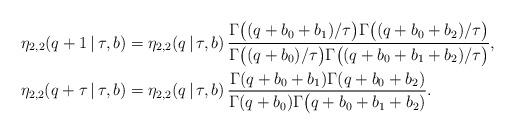
LaTeX: \begin{align*}\eta_{2, 2}(q+1\,|\,\tau, b) & = \eta_{2, 2}(q\,|\,\tau, b)\,\frac{\Gamma\bigl((q+b_0+b_1)/\tau\bigr)\Gamma\bigl((q+b_0+b_2)/\tau\bigr)}{\Gamma\bigl((q+b_0)/\tau\bigr)\Gamma\bigl((q+b_0+b_1+b_2)/\tau\bigr)},\\\eta_{2, 2}(q+\tau\,|\,\tau, b) & = \eta_{2, 2}(q\,|\,\tau, b)\,\frac{\Gamma(q+b_0+b_1)\Gamma(q+b_0+b_2)}{\Gamma(q+b_0)\Gamma\bigl(q+b_0+b_1+b_2)}.\end{align*}